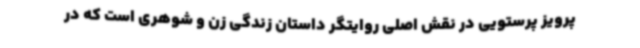
پرویز پرستویی در نقش اصلی روایتگر داستان زندگی زن و شوهری است که در